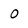
Character: 0